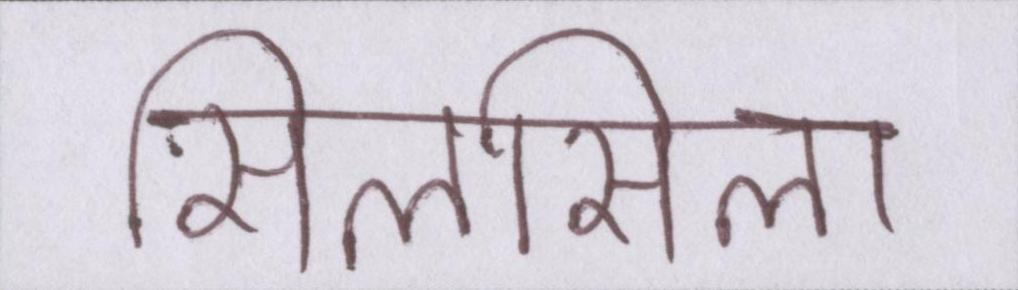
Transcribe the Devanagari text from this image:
सिलसिला